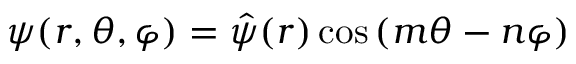
\psi ( r , \theta , \varphi ) = \hat { \psi } ( r ) \cos { ( m \theta - n \varphi ) }